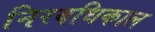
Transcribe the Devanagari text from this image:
निरवधिकाल